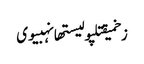
زخمیقتلپولیستھانہبیوی